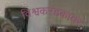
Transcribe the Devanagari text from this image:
विश्वकरंडकावर